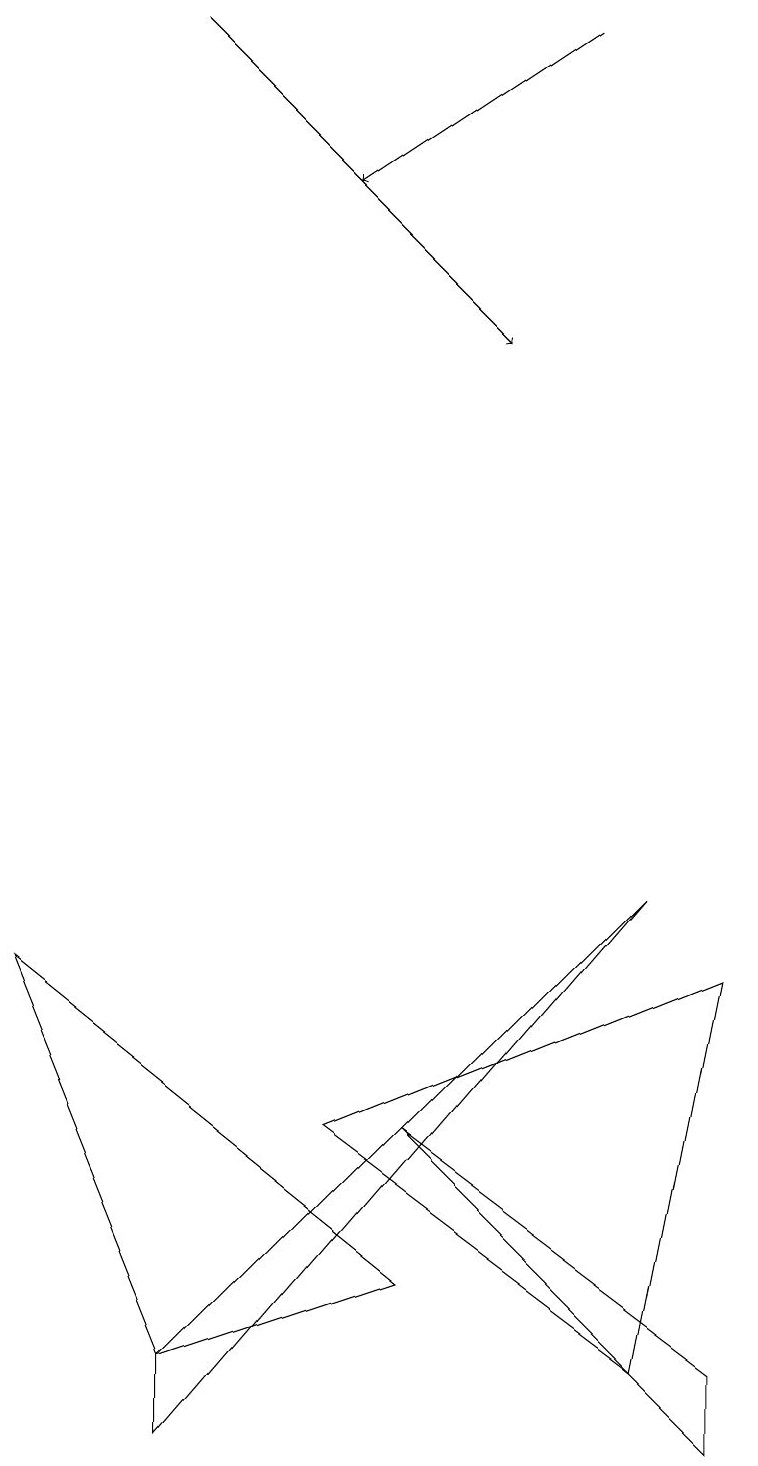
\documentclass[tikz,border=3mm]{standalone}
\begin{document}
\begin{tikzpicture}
\draw[->] (2,19) -- (6,15);
\draw (9,2) -- (9,1) -- (5,5) -- cycle;
\draw (0,7) -- (2,2) -- (5,3) -- cycle;
\draw (8,2) -- (4,5) -- (9,7) -- cycle;
\draw (8,8) -- (2,1) -- (2,2) -- cycle;
\draw[->] (7,19) -- (4,17);
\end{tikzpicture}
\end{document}